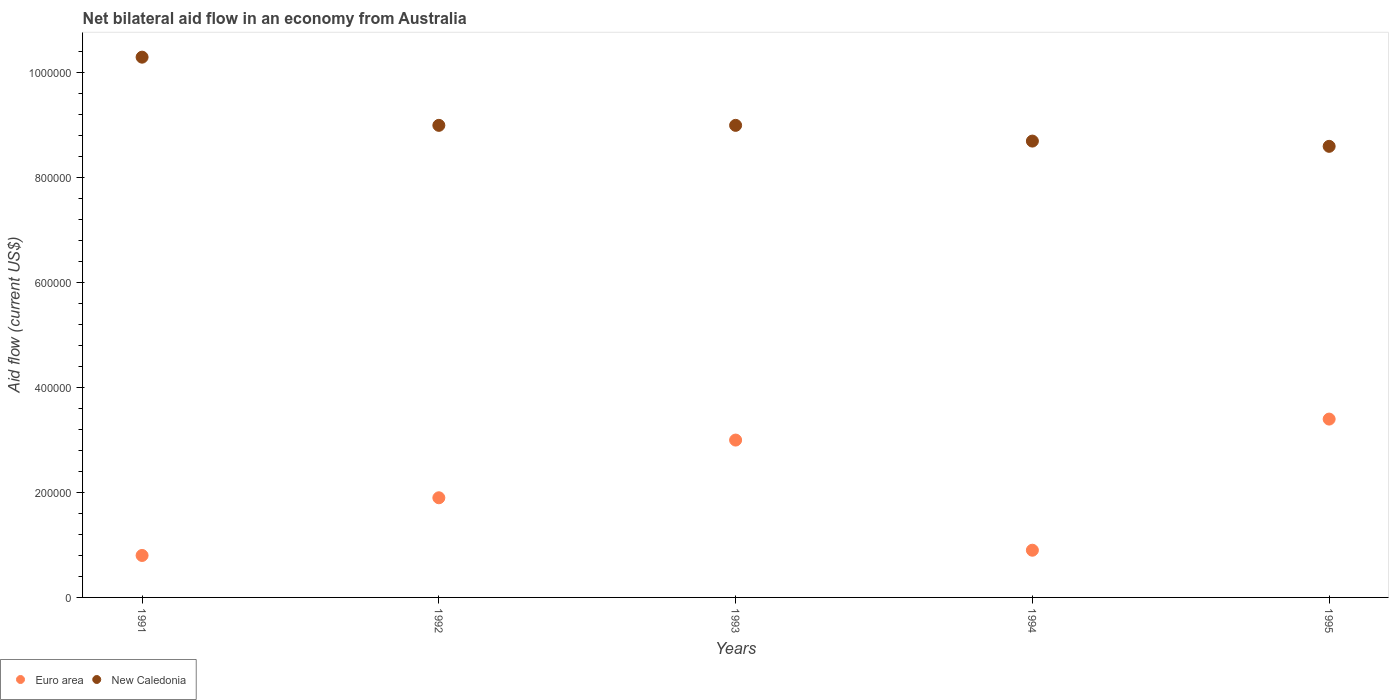
| Years | Euro area | New Caledonia |
 | --- | --- | --- |
 | 1991 | 8e+04 | 1.03e+06 |
 | 1992 | 1.9e+05 | 9e+05 |
 | 1993 | 3e+05 | 9e+05 |
 | 1994 | 9e+04 | 8.7e+05 |
 | 1995 | 3.4e+05 | 8.6e+05 |